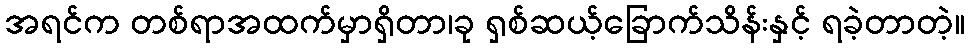
အရင်က တစ်ရာအထက်မှာရှိတာ၊ခု ရှစ်ဆယ့်ခြောက်သိန်းနှင့် ရခဲ့တာတဲ့။